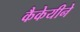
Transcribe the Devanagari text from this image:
कैकेयीने